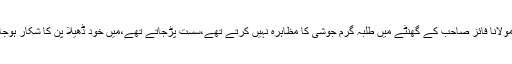
لیکن مولانا فائز صاحب کے گھنٹے میں طلبہ گرم جوشی کا مظاہرہ نہیں کرتے تھے،سست پڑجاتے تھے،میں خود ڈھیلا پن کا شکار ہوجاتا تھا۔